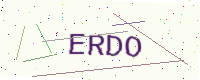
Text: ERDO